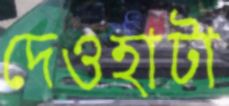
দেওহাটা